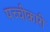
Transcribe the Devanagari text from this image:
पच्‍चीकारी